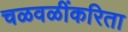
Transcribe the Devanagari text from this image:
चळवळींकरिता